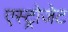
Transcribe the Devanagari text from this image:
एस्‍ट्रोजेट